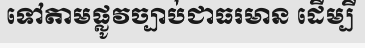
ទៅតាមផ្លូវច្បាប់ជាធរមាន ដើម្បី